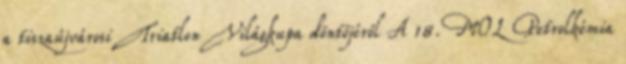
a tiszaújvárosi Triatlon Világkupa döntőjéről A 18. MOL Petrolkémia